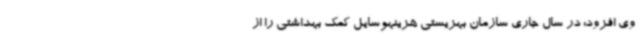
وی افزود: در سال جاری سازمان بهزیستی هزینهوسایل کمک بهداشتی را از